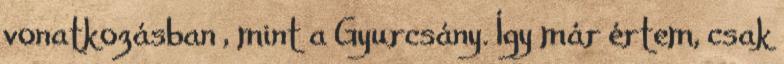
vonatkozásban , mint a Gyurcsány. Így már értem, csak